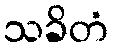
သခိတံ